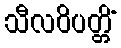
သီလဝိပတ္တိံ